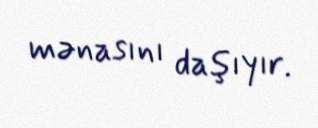
mənasını daşıyır.